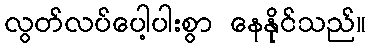
လွတ်လပ်ပေါ့ပါးစွာ နေနိုင်သည်။